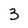
Character: 3